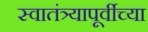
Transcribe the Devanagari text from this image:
स्वातंत्र्यापूर्वीच्या